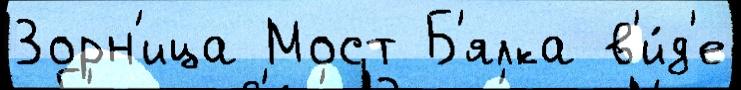
Зорн'ица Мост Б'ялка в'и́д'е